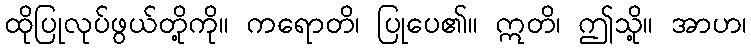
ထိုပြုလုပ်ဖွယ်တို့ကို။ ကရောတိ၊ ပြုပေ၏။ ဣတိ၊ ဤသို့။ အာဟ၊